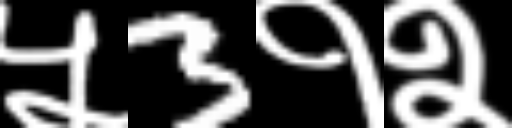
Text: ५3१२